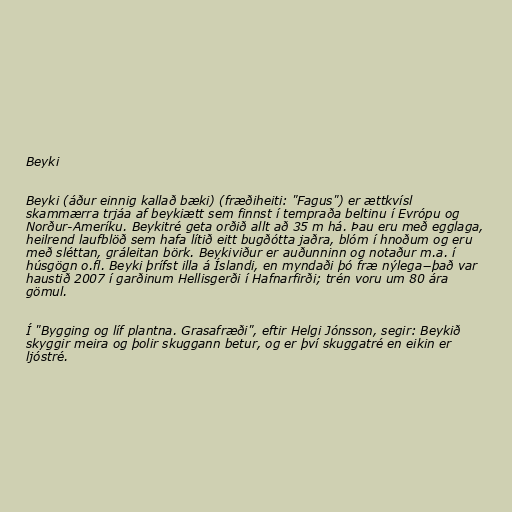
Beyki

Beyki (áður einnig kallað bæki) (fræðiheiti: "Fagus") er ættkvísl
skammærra trjáa af beykiætt sem finnst í tempraða beltinu í Evrópu og
Norður-Ameríku. Beykitré geta orðið allt að 35 m há. Þau eru með egglaga,
heilrend laufblöð sem hafa lítið eitt bugðótta jaðra, blóm í hnoðum og eru
með sléttan, gráleitan börk. Beykiviður er auðunninn og notaður m.a. í
húsgögn o.fl. Beyki þrífst illa á Íslandi, en myndaði þó fræ nýlega−það var
haustið 2007 í garðinum Hellisgerði í Hafnarfirði; trén voru um 80 ára
gömul.

Í "Bygging og líf plantna. Grasafræði", eftir Helgi Jónsson, segir: Beykið
skyggir meira og þolir skuggann betur, og er því skuggatré en eikin er
ljóstré.